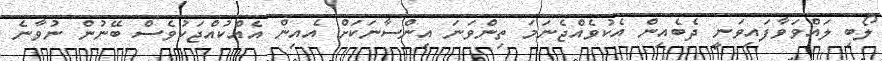
ލޯބި ލައްވަވާފައިވަނީ ދެބެއިން އެކުވެއްޖެނަމަ ތިންވަނަ އިންސާނަކަށް އެއިން އެއްކުއްޖަކުވެސް ބޭނުން ނުވާނެ